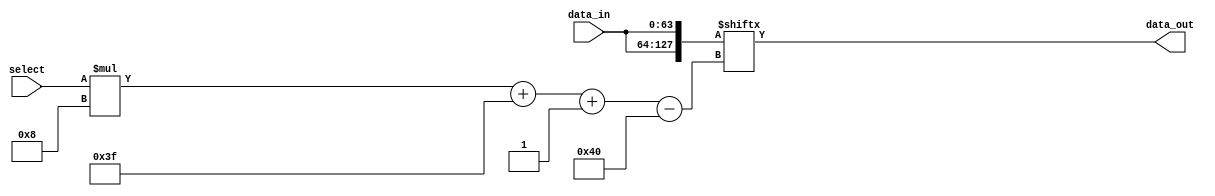
// barrel_shifter.v

module barrel_shifter #(  parameter WIDTH = 8,                  // width of single port
                          parameter PORT = 8,                   // number of ports
                          parameter SHIFT = $clog2(PORT),       // select lines for port selection
                          parameter WIDE = WIDTH*PORT           // width of input & output ports

                       )
                 
                     (
                        input  [SHIFT-1:0] select, 

                        input  [WIDE-1:0] data_in, 
                        output [WIDE-1:0] data_out

                     );

wire [(2*WIDE)-1:0] data_in_double;
wire [WIDE-1:0] array [0:WIDE-1];

assign data_in_double = {data_in,data_in};

assign data_out = data_in_double[(select*WIDTH)+(WIDE-1)-:WIDE];

endmodule